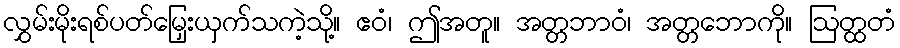
လွှမ်းမိုးရစ်ပတ်မြှေးယှက်သကဲ့သို့။ ဧဝံ၊ ဤအတူ။ အတ္တဘာဝံ၊ အတ္တဘောကို။ ဩတ္ထတံ